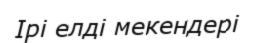
Ірі елді мекендері